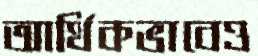
আর্থিকভাবেও